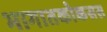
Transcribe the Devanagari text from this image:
भागातकोकसस